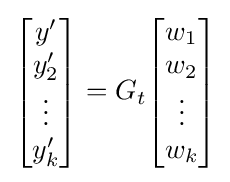
{\begin{bmatrix}y'\\y_{2}'\\\vdots \\y_{k}'\end{bmatrix}}=G_{t}{\begin{bmatrix}w_{1}\\w_{2}\\\vdots \\w_{k}\end{bmatrix}}